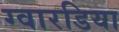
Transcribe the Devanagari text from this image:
ग्वारडिया